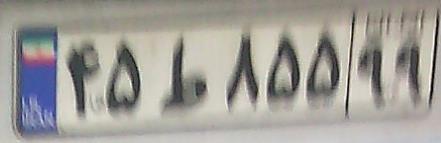
۴۵ط۸۵۵۹۹